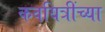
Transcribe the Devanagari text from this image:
कवयित्रींच्या